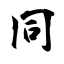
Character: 同